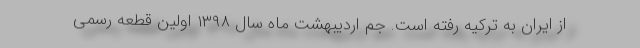
از ایران به ترکیه رفته است. جم اردیبهشت ماه سال ۱۳۹۸ اولین قطعه رسمی